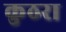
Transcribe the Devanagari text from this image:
कुठरा